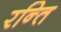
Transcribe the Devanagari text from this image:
रन्ति